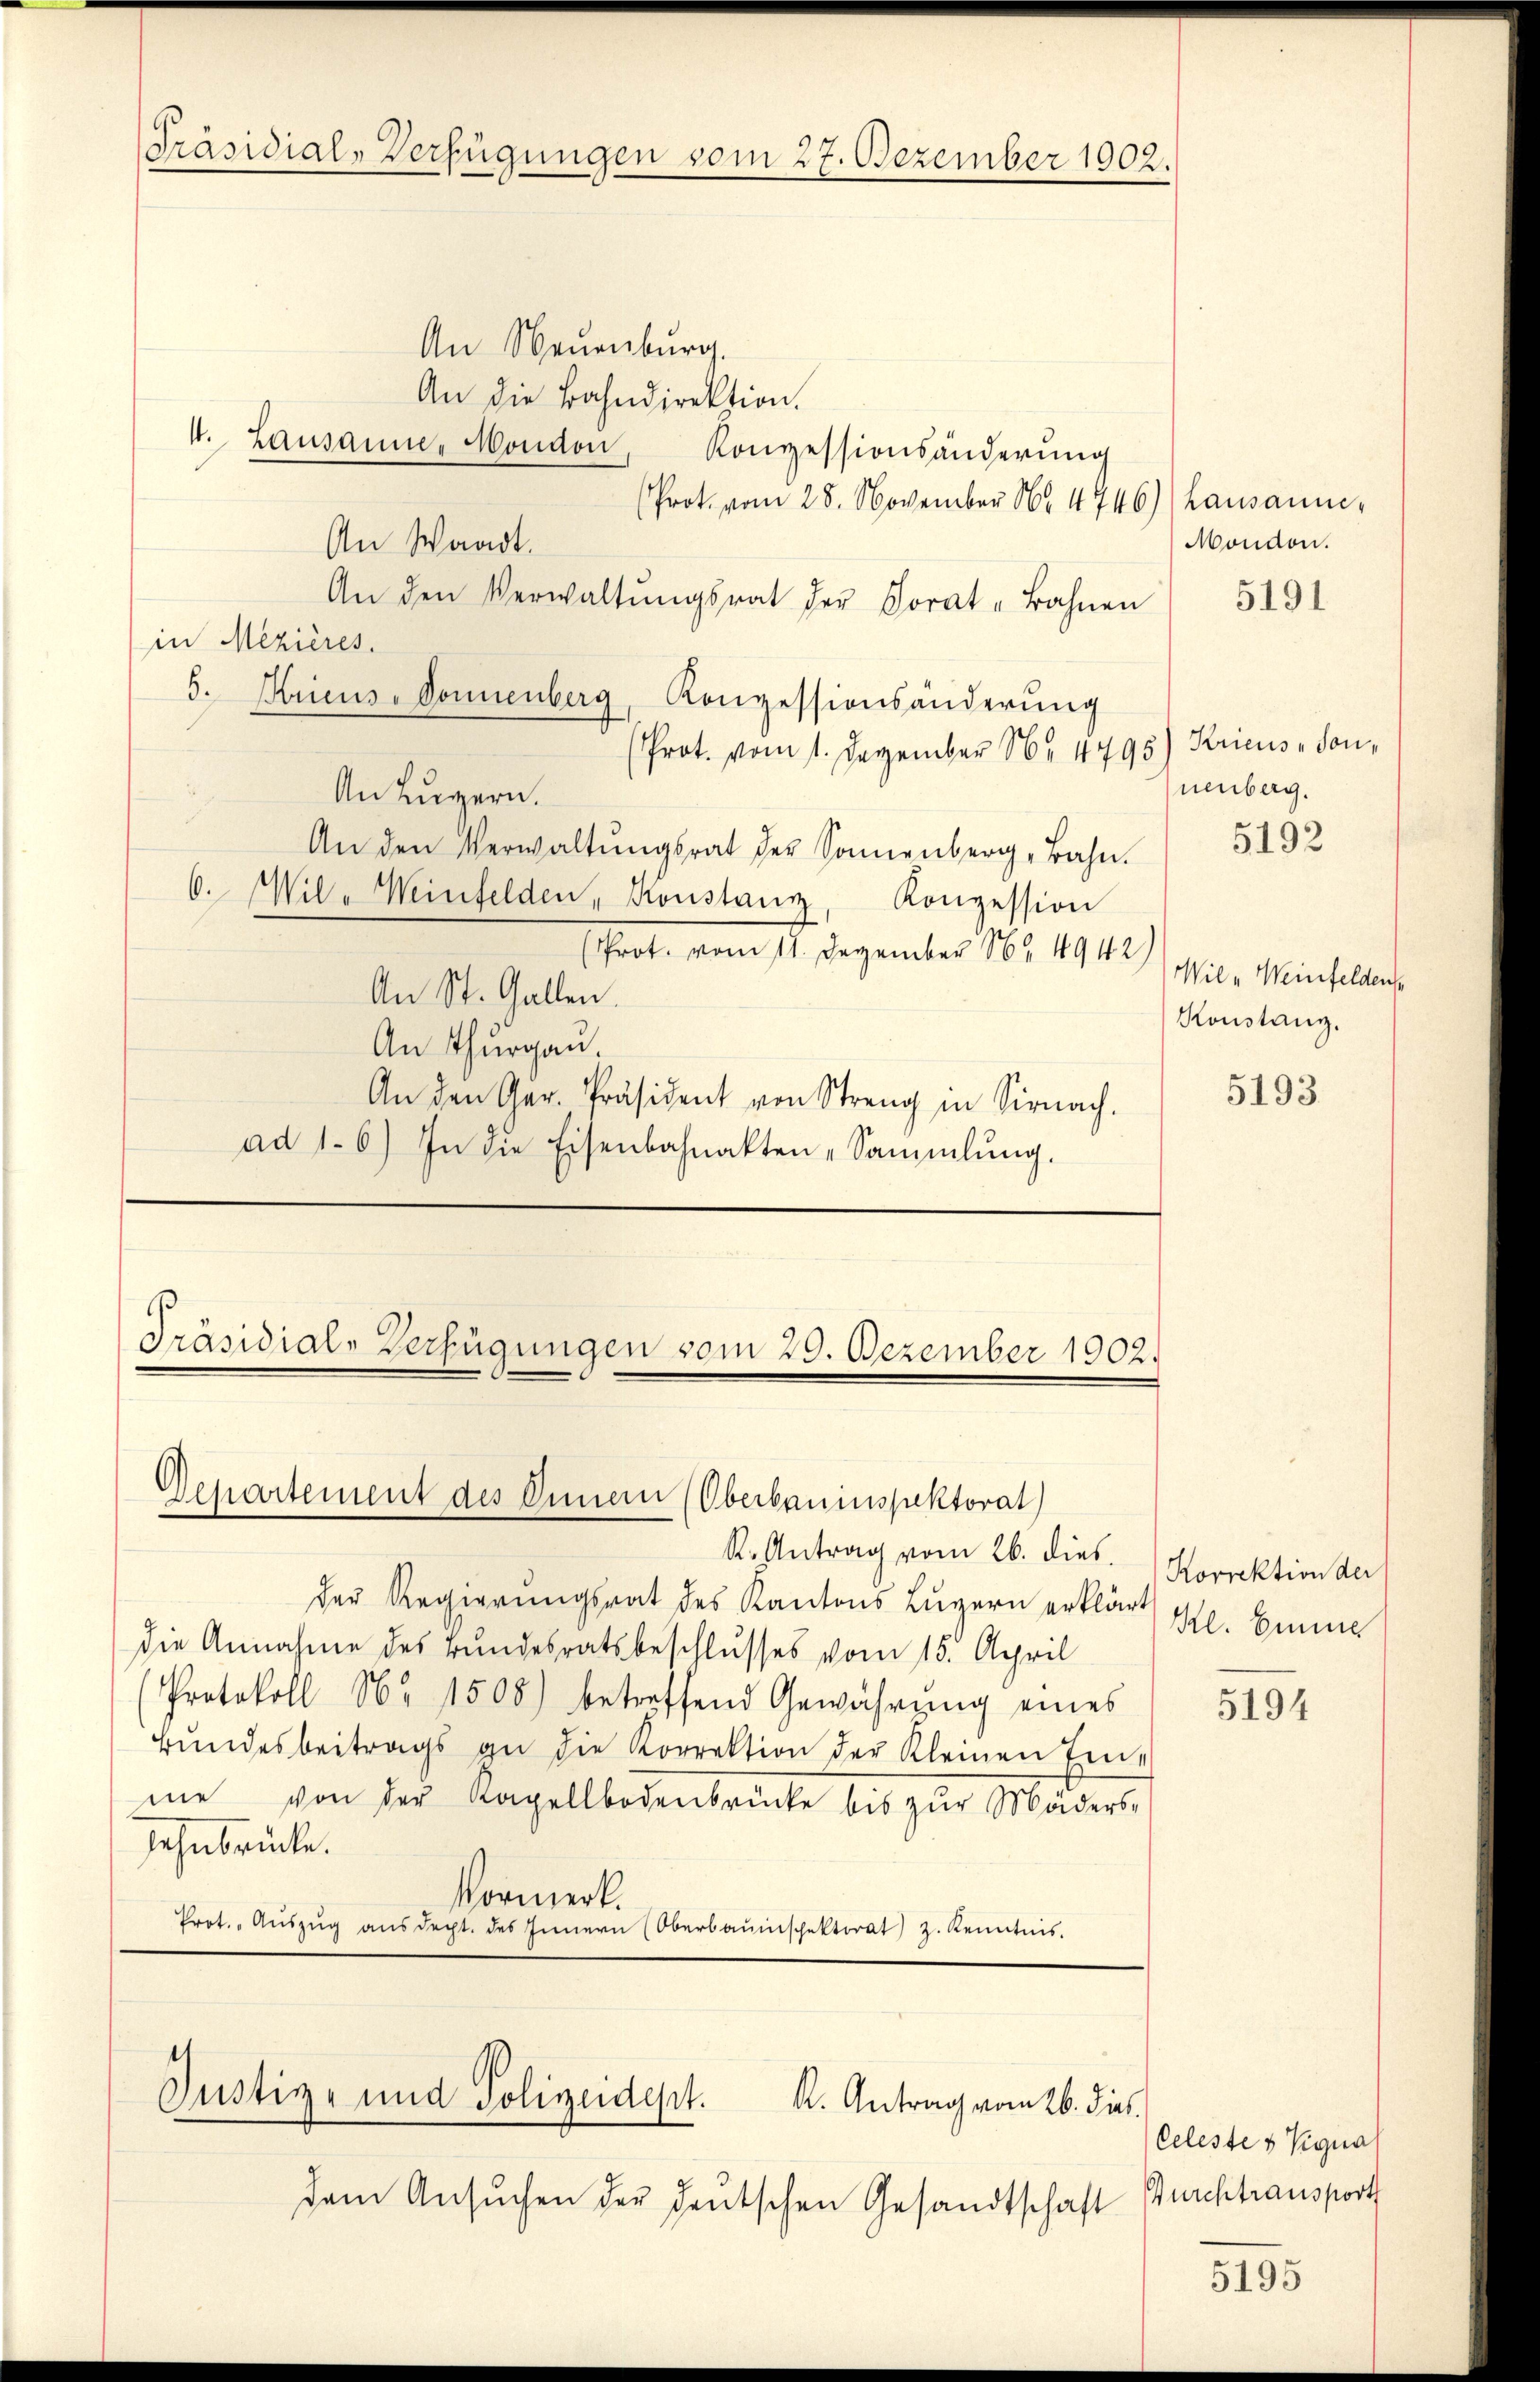
Präsidial-Verfügungen vom 27. Dezember 1902.

An Neuenburg.
An die Bahndirektion.
4. Lausanne, Moudon,
Konzessionsänderung
(Prot. vom 28. November No 4746)) Lausanne¬
An Waadt.
An den Verwaltŭngsrat der Sorat-Bahnen
in Mezières.
5. Kriens-Donnenberg, Konzessionsänderung
(Prot. vom 1. Dezember N. 4795) Kricus Son¬
An Luzern.
An den Verwaltŭngsrat der Sonnenberg, Bahn.
6. Wil-Weinfelden, Konstanz, Konzession
Prot. vom 11. Dezember 164. 1942)
An St. Gallen.
An Thurgau
An den Ger. Präsident von Streng in Sirnach.
ad 1. 6) In die Eisenbahnakten „Sammlung.

R. Antrag vom 26. dies
der Regierungsrat des Kantons Luzern erklärt
die Annahme des Bundesratsbeschlusses vom 15. April
Protokoll No 1508) betreffend Gewährung eines
Bŭndesbeitrags an die Korrektion der Kleinen Eine
me von der Kapellbodenbrücke bis zŭr Mäders-
sehnbrücke.
Vormerk.
Prot. Aŭszŭg aŭsdept. des Innern (Oberbaŭischektorat) z. Kenntnis.

Präsidial-Verfügungen vom 29. Dezember 1902.

Departement des Inner (Oberbauinspektorat

i
Gustiz- und Polizeidept.
K. Antrag vom 26. dies

dem Ansuchen der deutschen Gesandtschaft Burchtransport

Mondon.

5191

nenberg.

5192

Wil „Weinfeldens
Konstanz.

5193

Korrektion der
Kl. Emme

5194

Celeste & Vignal

5195